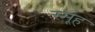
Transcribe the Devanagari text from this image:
स्मूह